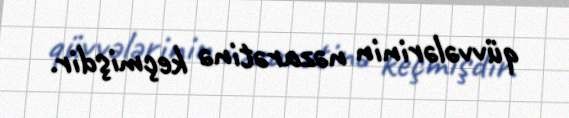
qüvvələrinin nəzarətinə keçmişdir.